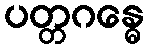
ပတ္တဂန္ဓေ